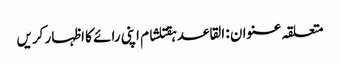
متعلقہ عنوان : القاعدہقتلشام اپنی رائے کا اظہار کریں